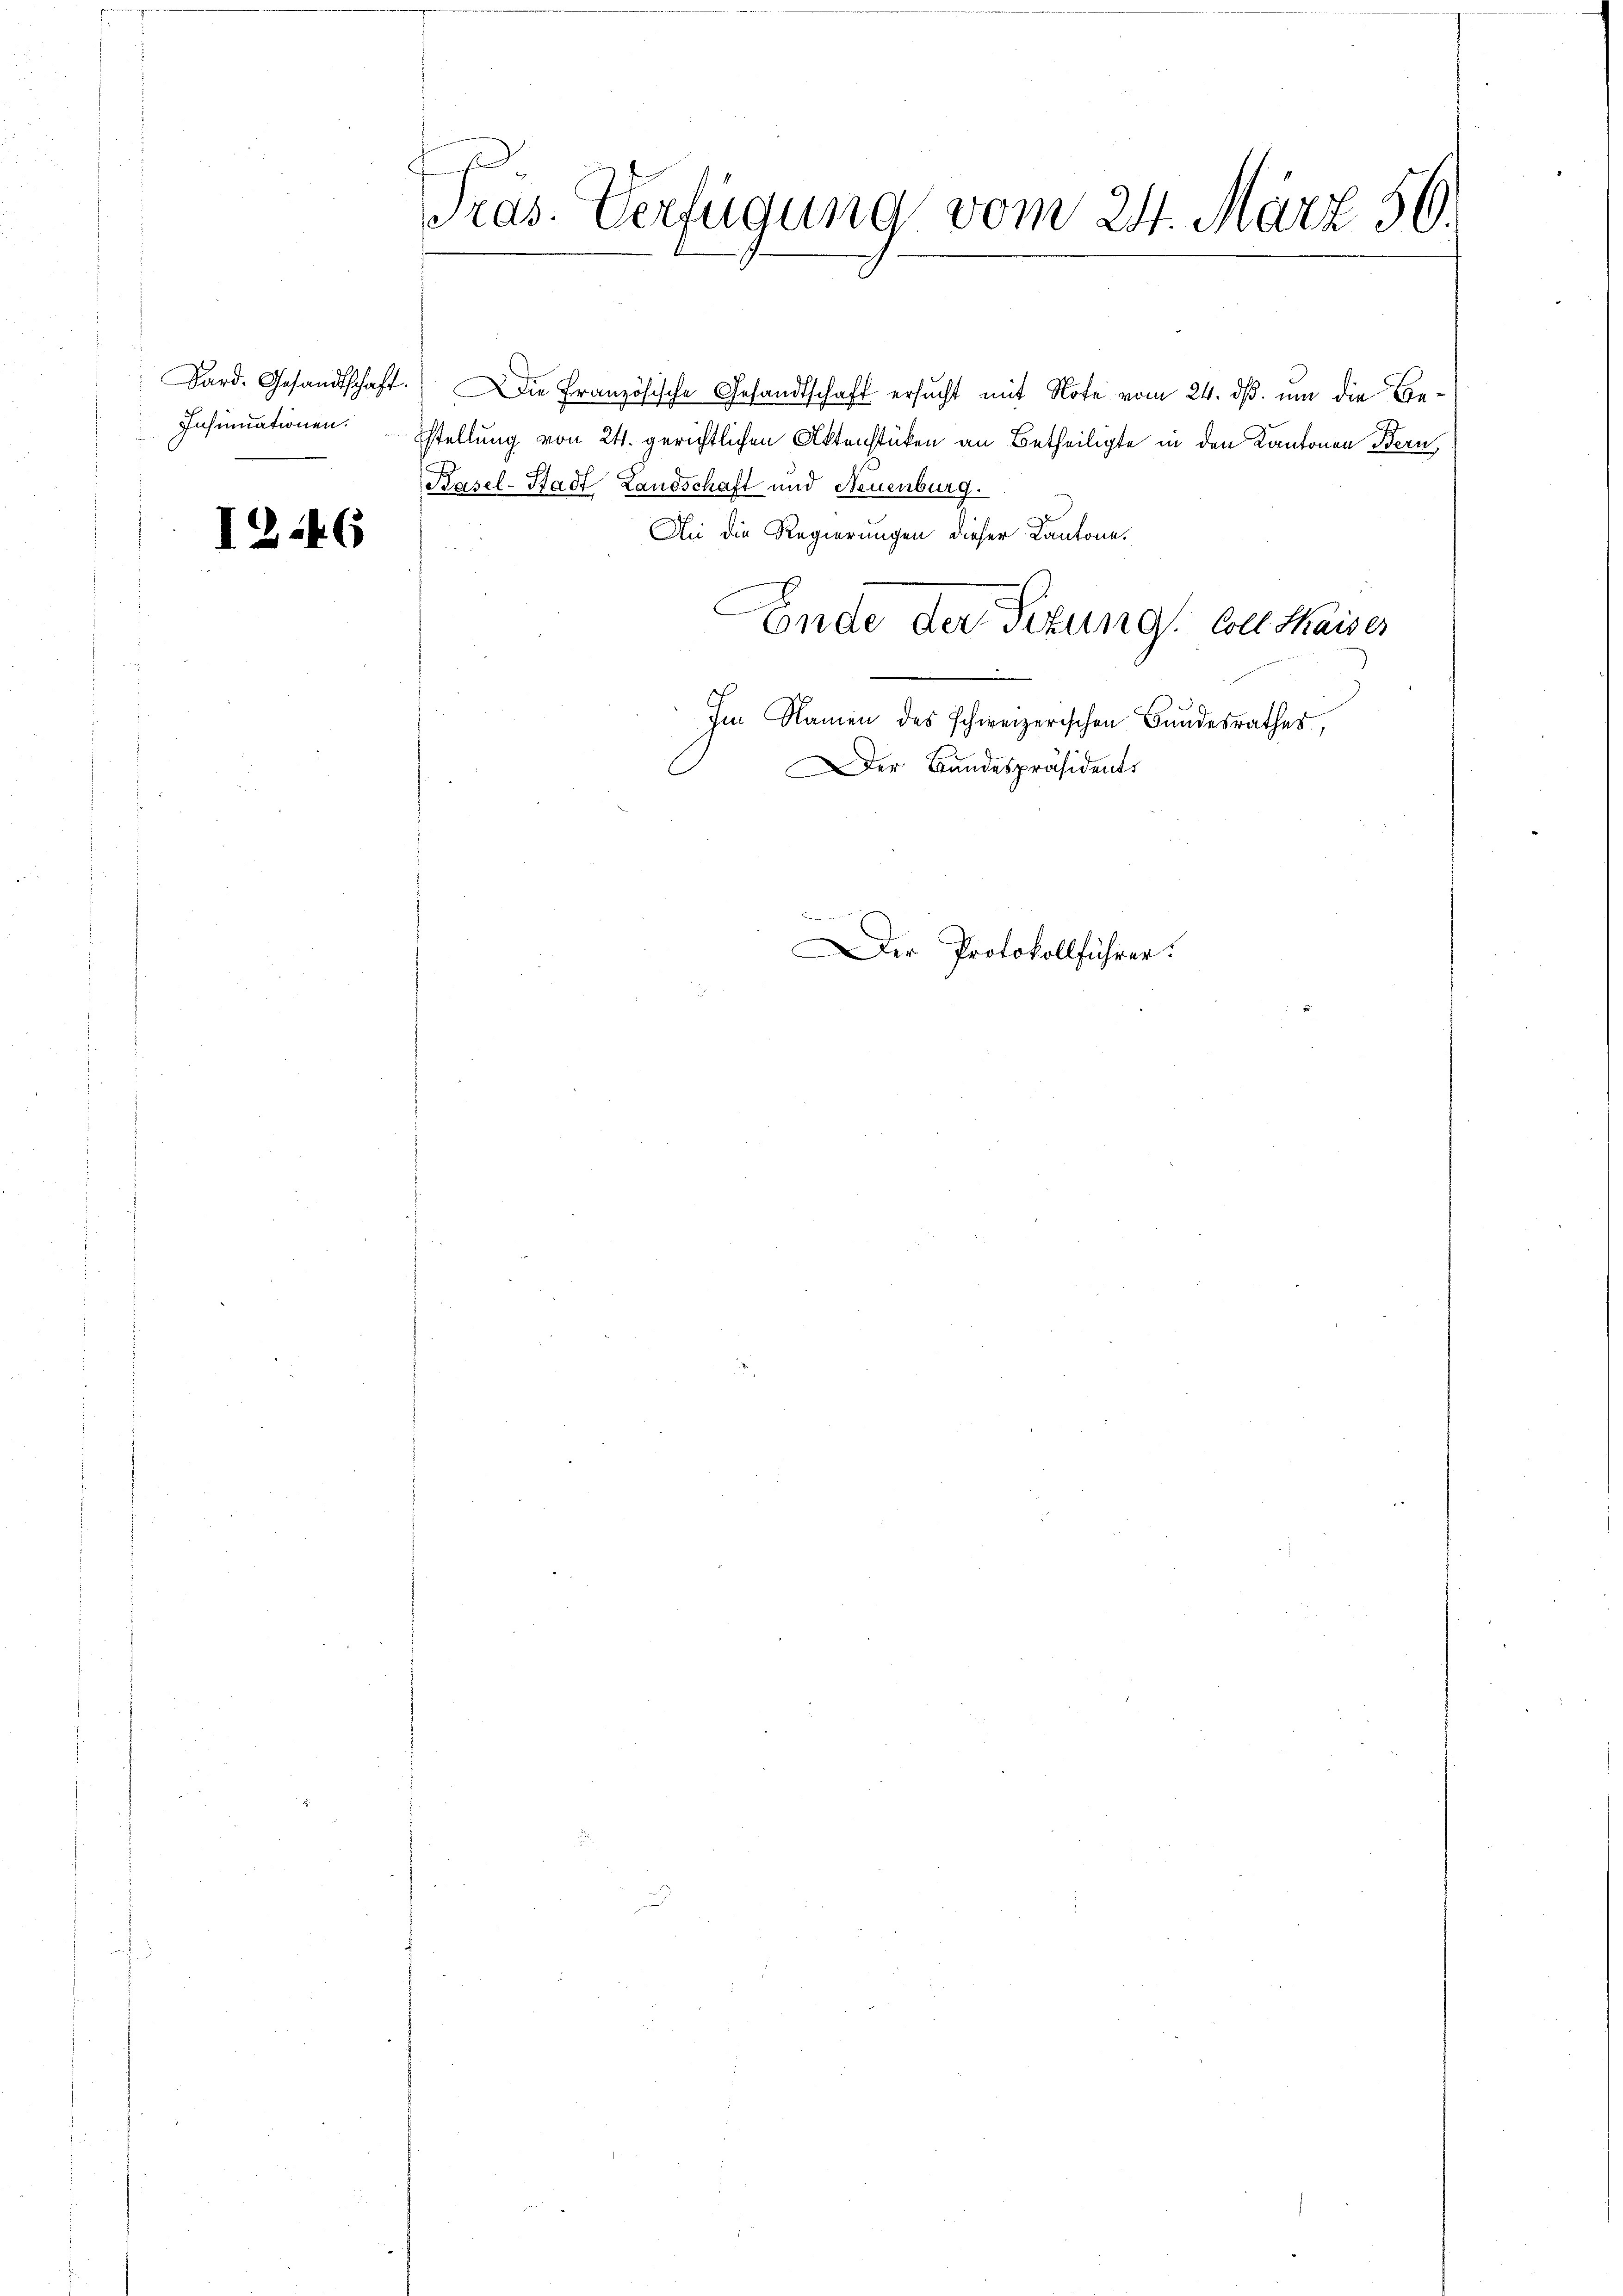
Insinuationen.

I2.46

Präs. Verfügung vom 24. März 56.

Dard. Gesandtschaft. Die Französische Gesandtschaft ersucht mit Note vom 24. ds. um die Bestellung von 24. gerichtlichen Aktenstücken an Betheiligte in den Kantonen Bern,
Basel-Stadt Landschaft und Neuenburg.
An die Regierungen dieser Kantone.
C
Ende der Sizung Coll Maiser
Im Namen des schweizerischen Bundesrathes,
Der Bundespräsidents
Der Protokollführer.